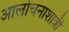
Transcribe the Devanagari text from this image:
आलोचनाशात्री